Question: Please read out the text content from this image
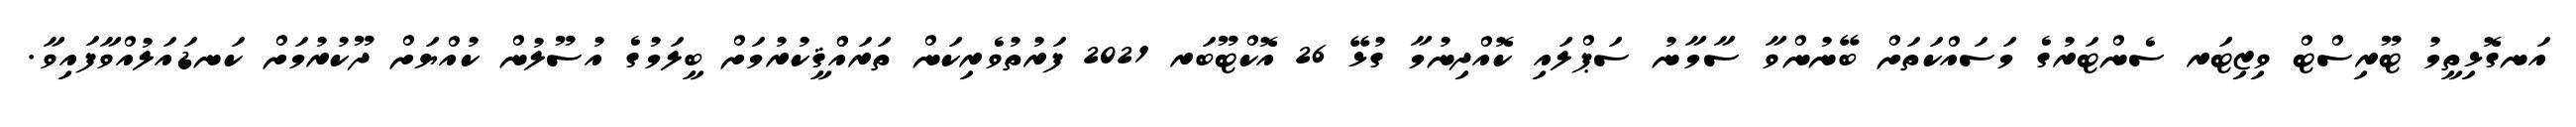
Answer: އަނގޮޅިތީމު ޓޫރިސްޓް ވިޒިޓަރ ސެންޓަރުގެ މަސައްކަތަށް ބޭނުންވާ ސާމާނު ސަޕްލައި ކޮއްދިނުމާ ގުޅޭ 26 އޮކްޓޫބަރ 2021 ފަރުތުވެރިކަން ތަރައްްޤީކުރުމަށް ބީލަމުގެ އުސޫލުން ކުއްޔަށް ދޫކުރުމަށް ކަނޑައަލުއްވާފައިވާ.